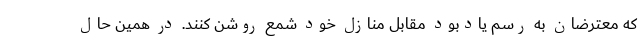
که معترضان به رسم یادبود مقابل منازل خود شمع روشن کنند. در همین حال